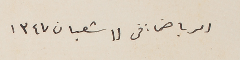
الرياض: فى ١١ شعبان ١٣٤٧